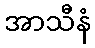
အာသီနံ